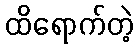
ထိရောက်တဲ့